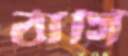
ঠাসি